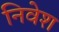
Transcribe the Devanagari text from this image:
निवेश